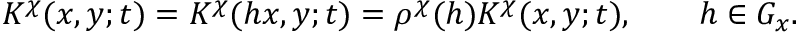
K ^ { \chi } ( x , y ; t ) = K ^ { \chi } ( h x , y ; t ) = \rho ^ { \chi } ( h ) K ^ { \chi } ( x , y ; t ) , \qquad h \in G _ { x } .